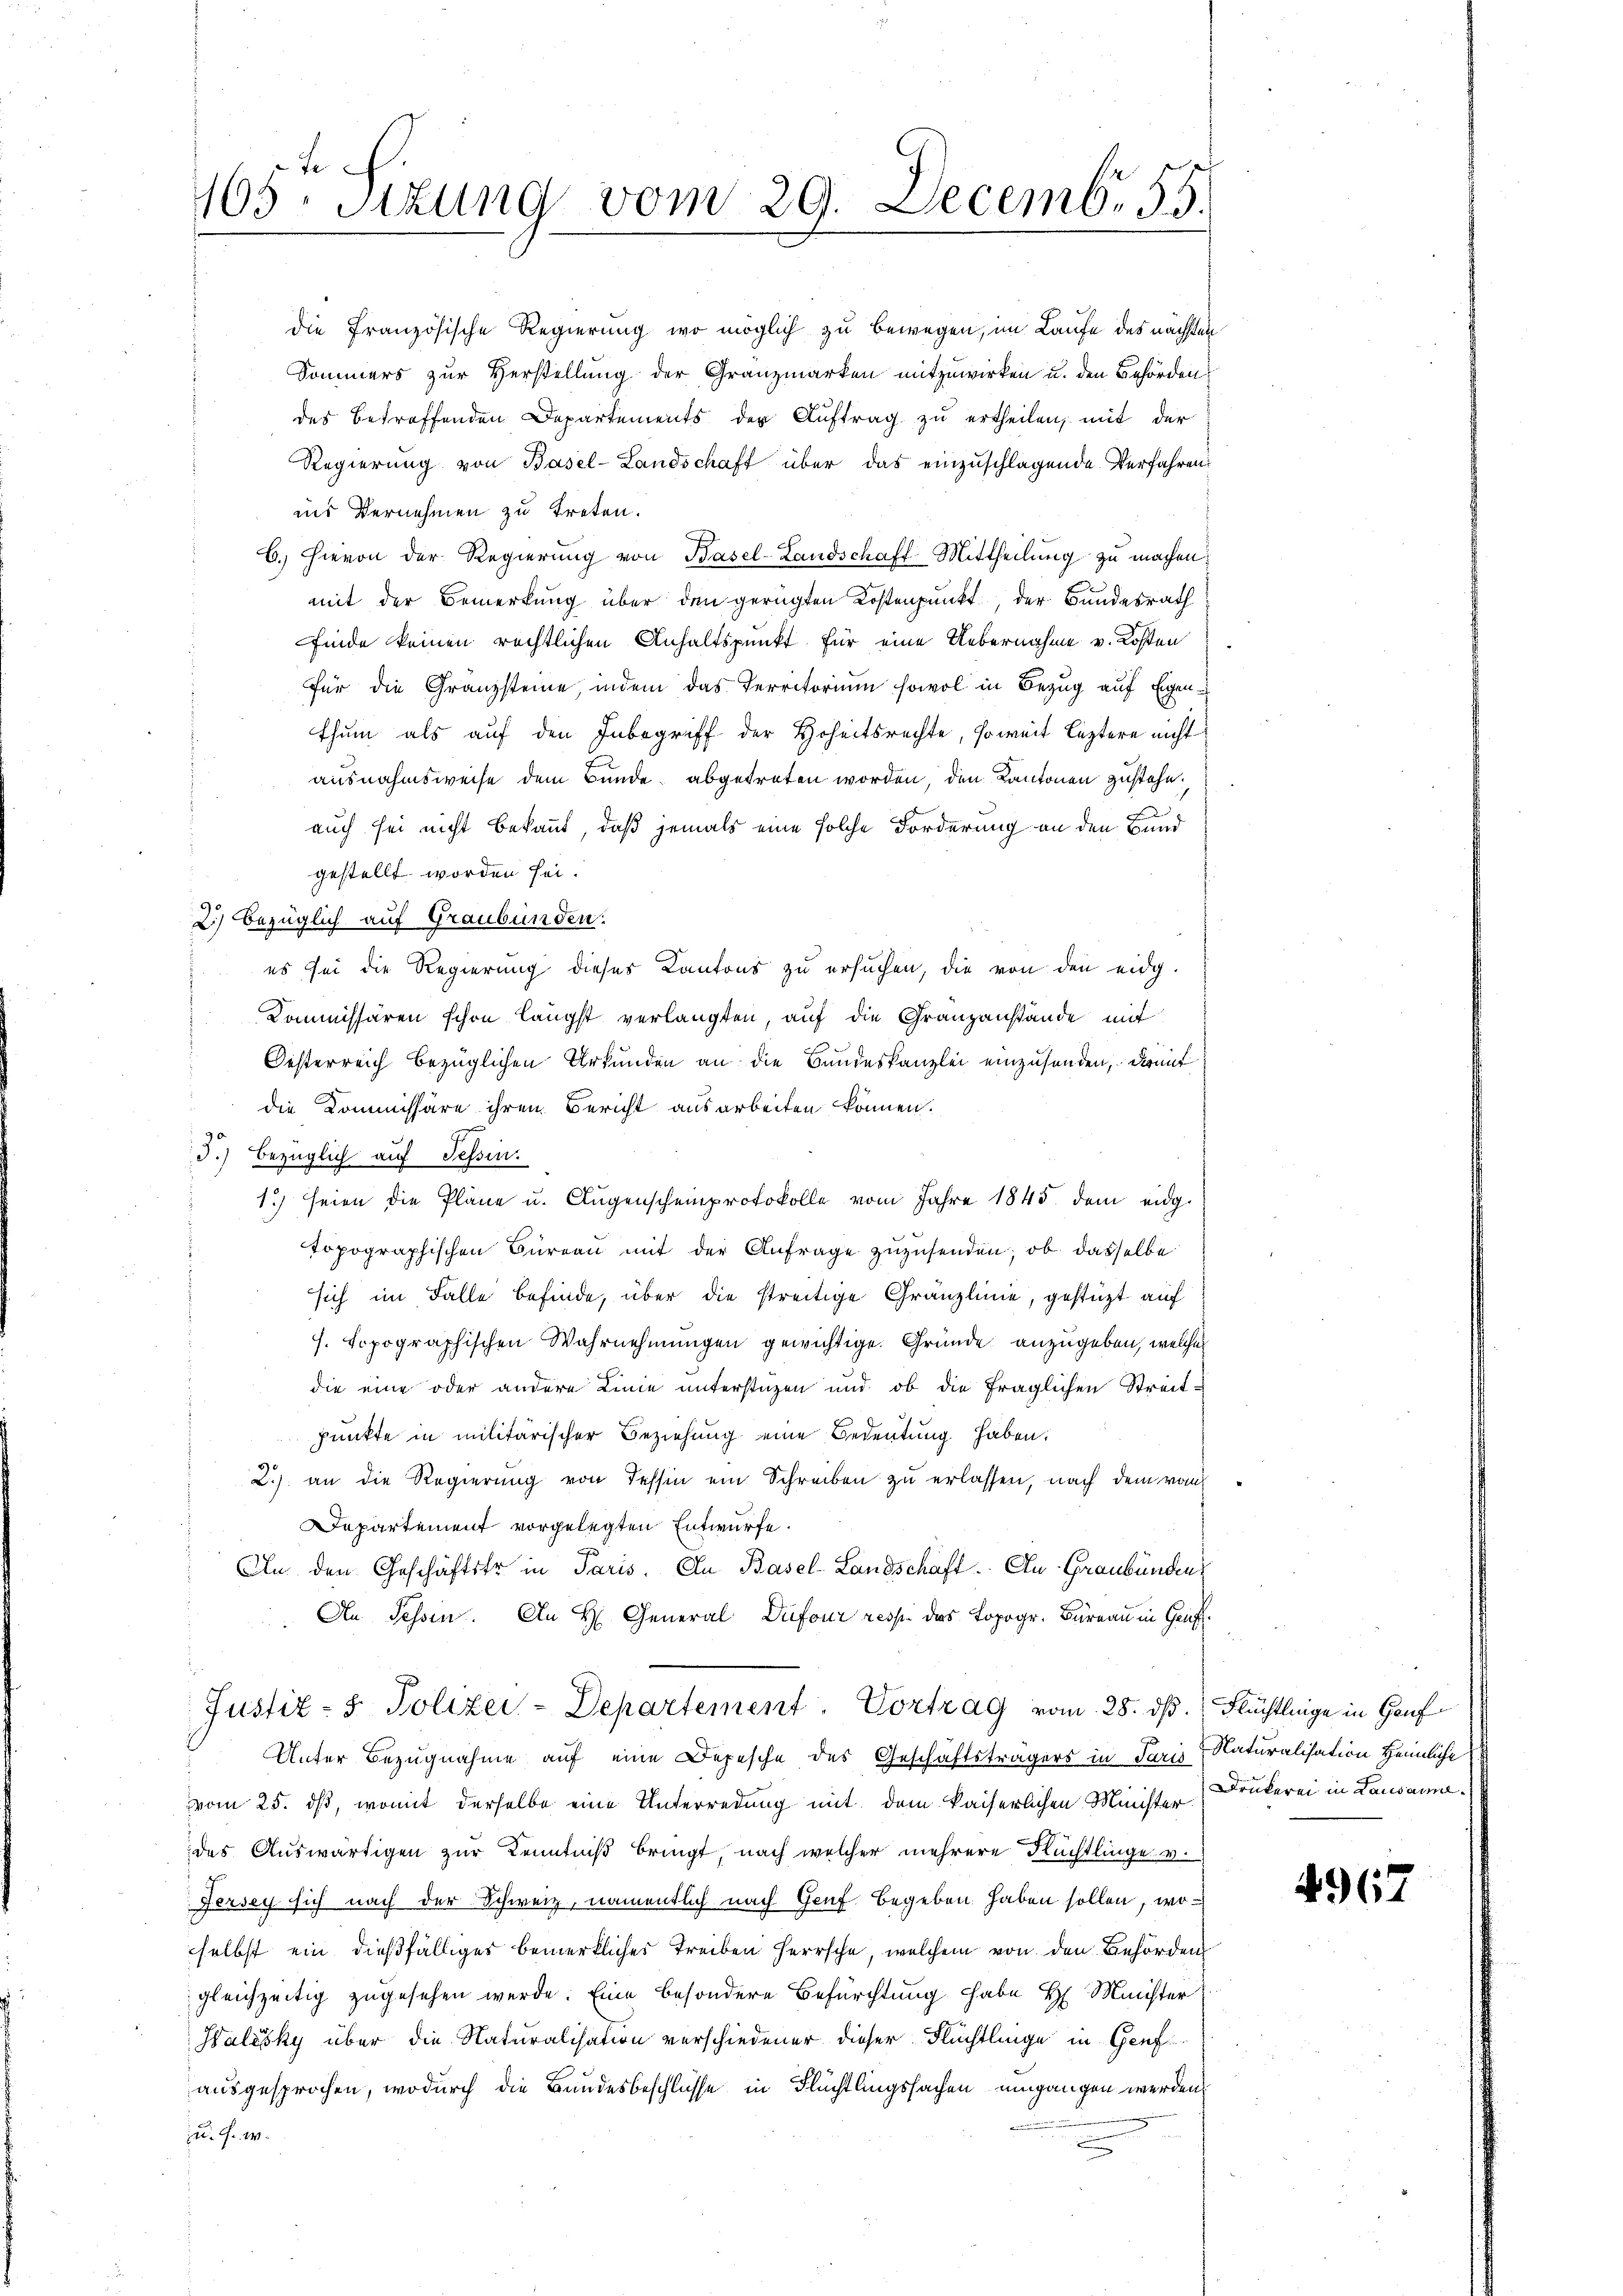
Fo
105. Sitzung vom 29. Decemb. 55.

die französische Regierung wo möglich zu bewegen, im Laufe des nächsten
Sommers zur Herstellung der Granzmarken mitzuwirken u. den Behörden,
des betreffenden Departements der Auftrag zu ertheilen, mit der
Regierung von Basel-Landschaft über das einzuschlagende Verfahren
ins Vernehmen zu treten.
6.) Hievon der Regierung von Basel-Landschaft-Mittheilung zu machen.
mit der Bemerkung über den gerügten Kostenpunkt der Bundesrath
finde keinen rechtlichen Anhaltspunkt für eine Uebernahme v. Kosten
für die Gränzsteine, indem das Territorium sowol in Bezug auf Eigenthum als auf den Inbegriff der Hoheitsrechte, soweit leztere nicht
ausnahmsweise dem Bunde abgetreten worden, den Kantonen zustehe.
auch sei nicht bekannt, daß jemals eine solche Forderung an den Bund
gestellt worden sei.
2.) Bezüglich auf Graubünden.
es sei die Regierung dieses Kantons zu ersuchen, die von den eidg.
Kommissären schon längst verlangten, auf die Granzanstände mit
Oesterreich bezüglichen Urkunden an die Bundeskanzlei einzusenden, darauf
die Kommissäre ihren Bericht ausarbeiten können.
d.) Bezüglich auf Tessin.
1.) seien die Pläne u. Augenscheinprotokolle vom Jahre 1845 dem eidg
topographischen Büreau mit der Anfrage zuzusenden, ob dasselbe
sich im Falle befinde, über die streitige Gränzlinie, gestüzt auf
f. topographischen Wahrnehmungen gewichtige Gründe anzugeben, welcher
die eine oder andere Linie unterstüzen und ob die fraglichen Streit-
punkte in militärischer Beziehung eine Bedeutung haben.
2.) an die Regierung von dessin ein Schreiben zu erlassen, nach dem vom
Departement vorgelegten Entwurfe.
An den Geschäftstr in Paris. In Basel-Landschaft. An Graubünden
An Sessen. An H. General Dufour resp. das Topogr. Büreau in Gruft
Justiz- & Polizei-Departement. Vortrag vom 28. ds. Flüchtlinge in Gauf¬
Unter Bezugnahme auf eine Depesche des Geschäftsträgers in Paris Naturalisation Heimliche
vom 25. dß, womit derselbe eine Unterredung mit dem kaiserlichen Minister Drukerei in Lausanne
des Auswärtigen zur Kenntniß bringt, nach welcher mehrere Flüchtlinge v.
7
Jersey sich nach der Schweiz, namentlich nach Genf begeben haben sollen, woselbst ein dießfälliges bemerkliches Treiben Herrsche, welchem von den Behörden
gleichzeitig zugesehen werde. Eine besondere Befürchtung habe H. Minister
Halésky über die Naturalisation verschiedener dieser Flüchtlinge in Genf
ausgesprochen, wodurch die Bundesbeschlüsse in Flüchtlingssachen umgangen werden.
u. s. w.

End

4962